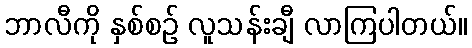
ဘာလီကို နှစ်စဉ် လူသန်းချီ လာကြပါတယ်။